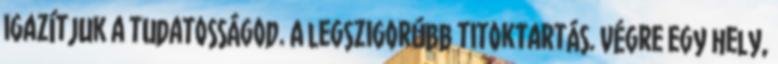
igazítjuk a tudatosságod. A legszigorúbb titoktartás. Végre egy hely,